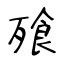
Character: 飱